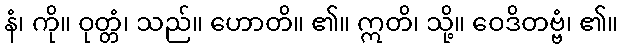
နံ၊ ကို။ ဝုတ္တံ၊ သည်။ ဟောတိ။ ၏။ ဣတိ၊ သို့။ ဝေဒိတဗ္ဗံ၊ ၏။